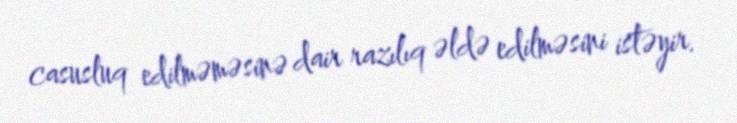
casusluq edilməməsinə dair razılıq əldə edilməsini istəyir.